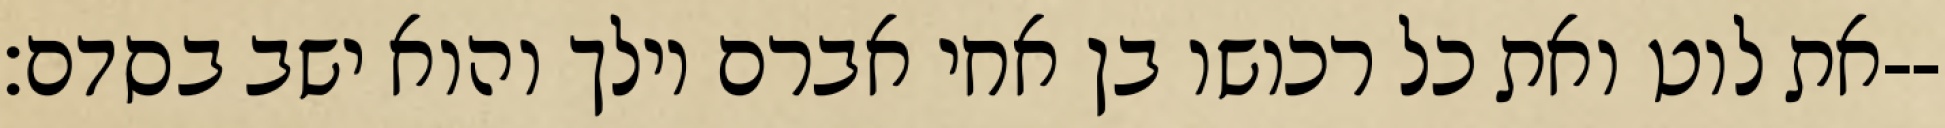
את לוט ואת כל רכושו בן אחי אברם וילך והוא ישב בסדם׃--